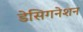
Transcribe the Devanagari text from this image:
डेसिगनेशन